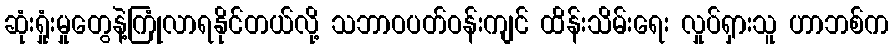
ဆုံးရှုံးမှုတွေနဲ့ကြုံလာရနိုင်တယ်လို့ သဘာဝပတ်ဝန်းကျင် ထိန်းသိမ်းရေး လှုပ်ရှားသူ ဟာဘစ်က